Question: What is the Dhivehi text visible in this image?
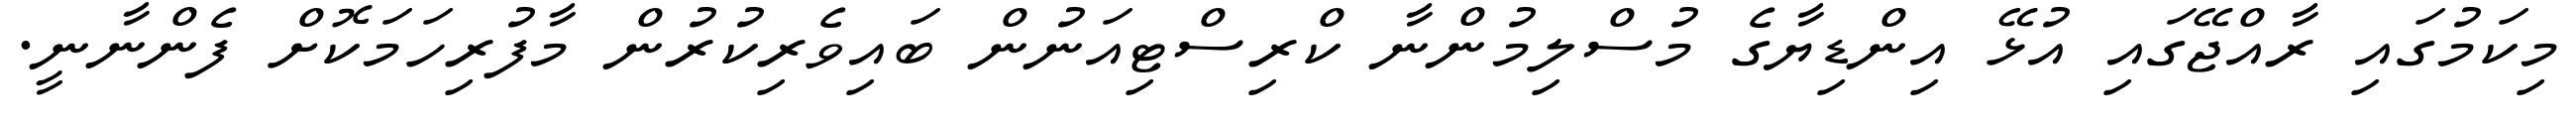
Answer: މިކަމުގައި ރާއްޖޭގައި އުޅޭ އިންޑިޔާގެ މުސްލިމުންނާ ކްރިސްޓިއަނުން ބައިވެރިކުރުން މާފުރިހަމަކޮށް ފެންނާނީ.